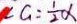
\angle G = \frac { 1 } { 2 } \alpha